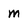
Character: m